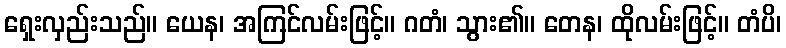
ရှေးလှည်းသည်။ ယေန၊ အကြင်လမ်းဖြင့်။ ဂတံ၊ သွား၏။ တေန၊ ထိုလမ်းဖြင့်။ တံပိ၊